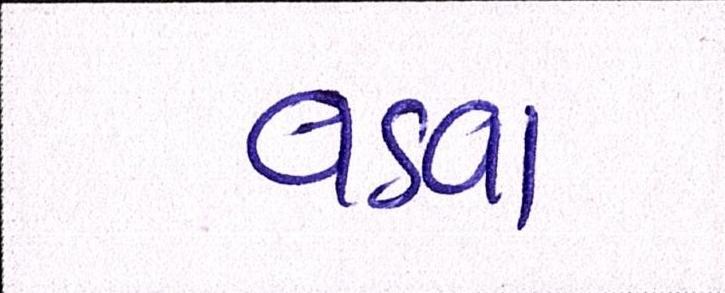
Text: વડવા